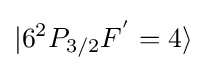
|6^{2}P_{3/2}F^{'}=4\rangle